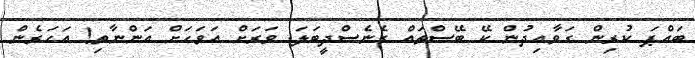
ބައްޕަ ކުރިން ގަވާއިދުން ކޭ ބޭސްތައް ގެނެސްދީބަލަ. ވަރަށް އަވަހަށް އަންނާތި! އަހަރެން